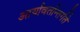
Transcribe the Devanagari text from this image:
आर्यावर्तान्तर्गते